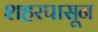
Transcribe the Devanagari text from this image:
शहरपासून